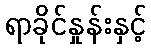
ရာခိုင်နှုန်းနှင့်